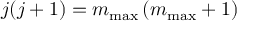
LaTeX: j ( j + 1 ) = m _ { \mathrm { m a x } } \left( m _ { \mathrm { m a x } } + 1 \right)